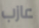
عازب